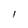
Character: 1